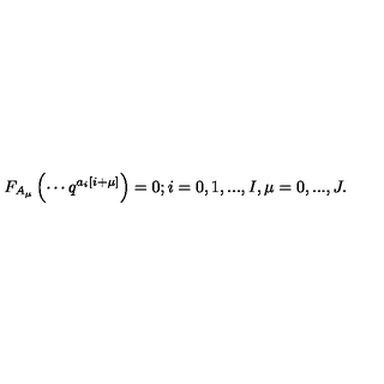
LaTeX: F _ { A _ { \mu } } \left( \cdots q ^ { a _ { i } \left[ i + \mu \right] } \right) = 0 ; i = 0 , 1 , . . . , I , \mu = 0 , . . . , J .